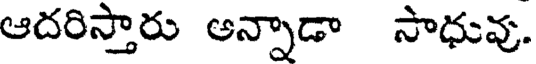
ఆదరిస్తారు అన్నాడా సాధువు.